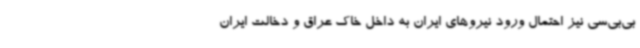
بی‌بی‌سی نیز احتمال ورود نیروهای ایران به داخل خاک عراق و دخالت ایران